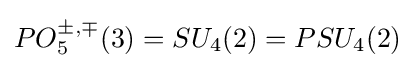
PO_{5}^{\pm ,\mp }(3)=SU_{4}(2)=PSU_{4}(2)